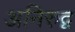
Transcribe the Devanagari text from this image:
अनिरुद्व